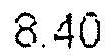
8.40